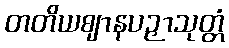
တတိယဈာနပဉှာသုတ္တံ